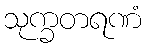
သုက္ခတရဏံ